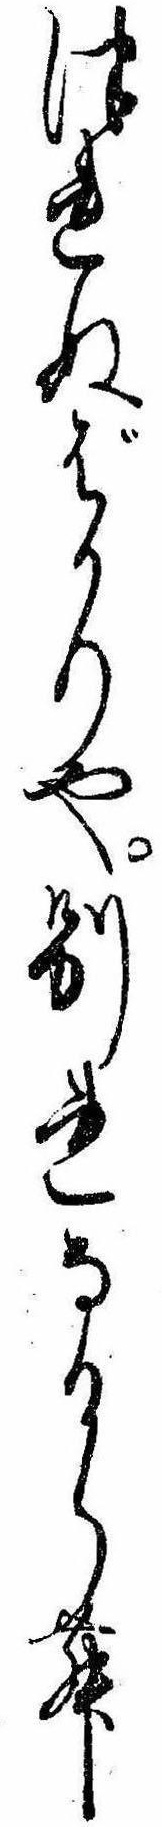
つれぬばかりや別れなるらむ